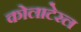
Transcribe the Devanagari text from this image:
कोलाटेरल